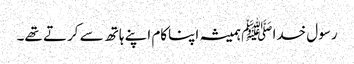
رسول خدا ﷺ ہمیشہ اپناکام اپنے ہاتھ سے کرتے تھے۔